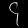
Digit: ၄